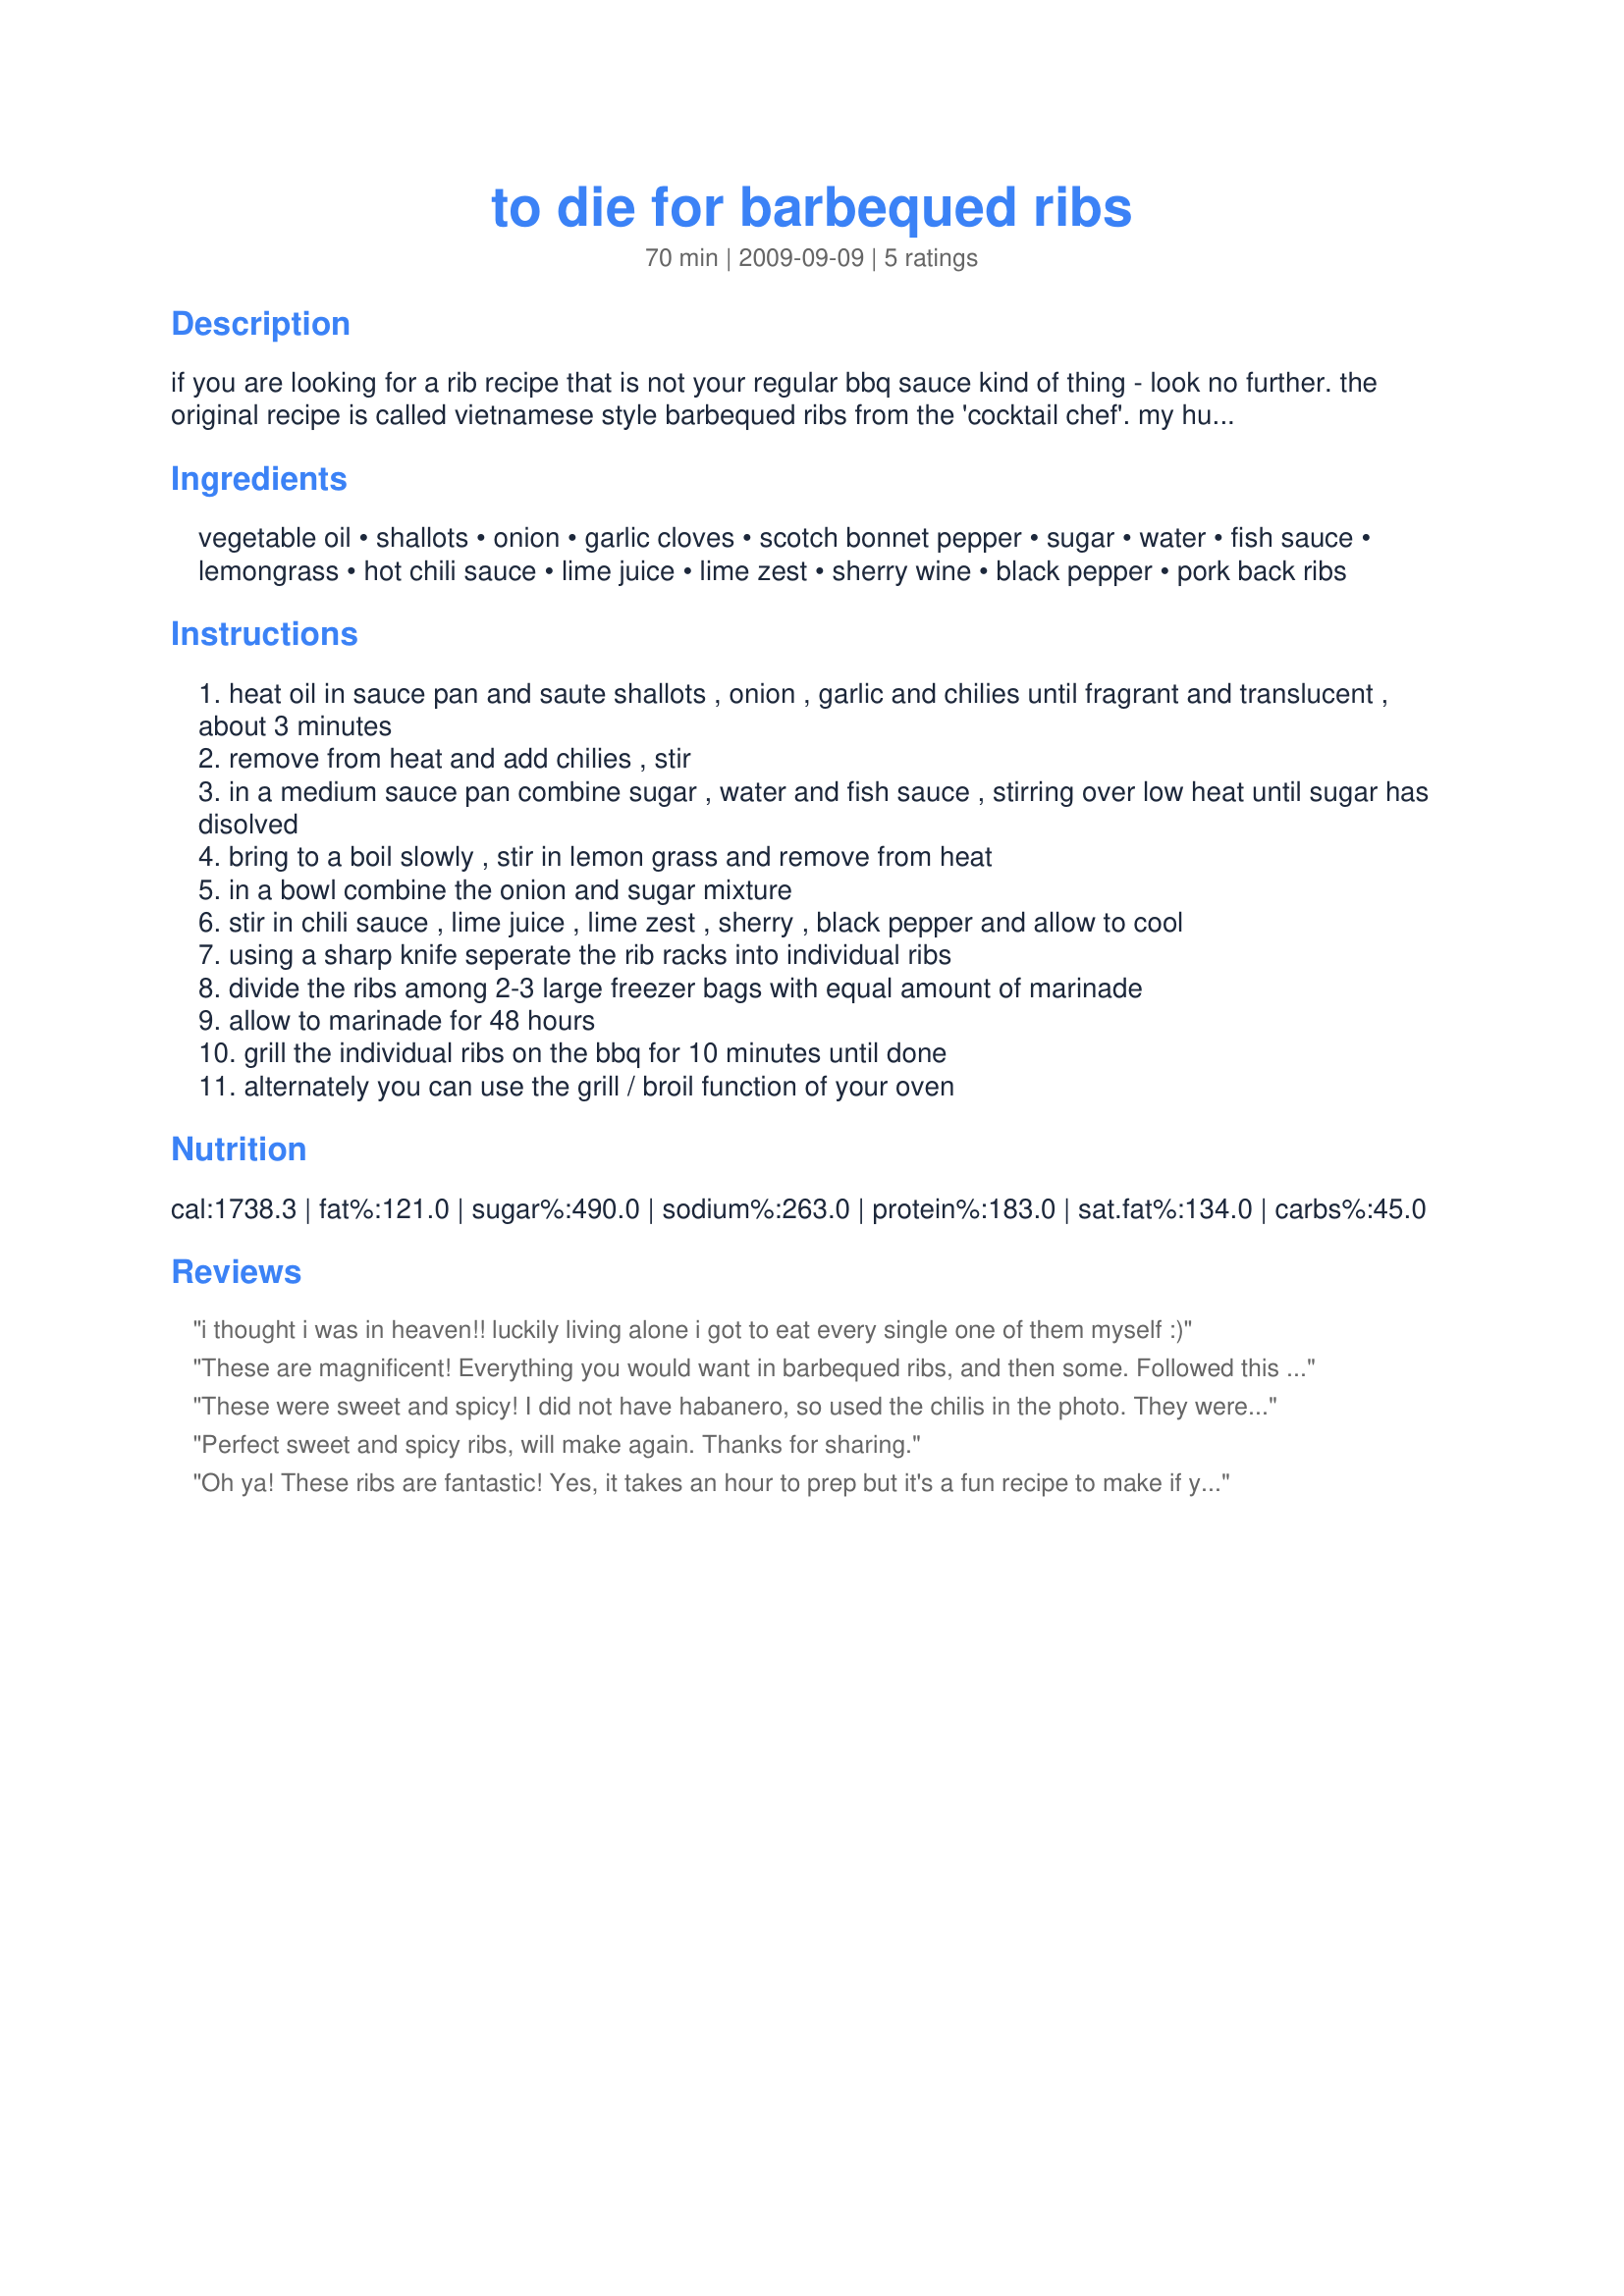
to die for barbequed ribs
Preparation time: 70 minutes

if you are looking for a rib recipe that is not your regular bbq sauce kind of thing - look no further. the original recipe is called vietnamese style barbequed ribs from the 'cocktail chef'. my husband has made this recipe many times and it never fails to bring in rave reviews. the flavours are asian inspired and wonderful.the marinade can be frozen and re-used a 2nd time; the 2nd use gets a spicier note.our kids (9 & 7) love the recipe, so it is also kid friendly and not too spicy even when using chilies. you need to prepare in advance as a long marinating time is required (24-48 hours). don't look to closely at the calorie count as the marinade packs a lot of calories that are not consumed

Ingredients:
vegetable oil, shallots, onion, garlic cloves, scotch bonnet pepper, sugar, water, fish sauce, lemongrass, hot chili sauce, lime juice, lime zest, sherry wine, black pepper, pork back ribs

Steps:
heat oil in sauce pan and saute shallots , onion , garlic and chilies until fragrant and translucent , about 3 minutes
remove from heat and add chilies , stir
in a medium sauce pan combine sugar , water and fish sauce , stirring over low heat until sugar has disolved
bring to a boil slowly , stir in lemon grass and remove from heat
in a bowl combine the onion and sugar mixture
stir in chili sauce , lime juice , lime zest , sherry , black pepper and allow to cool
using a sharp knife seperate the rib racks into individual ribs
divide the ribs among 2-3 large freezer bags with equal amount of marinade
allow to marinade for 48 hours
grill the individual ribs on the bbq for 10 minutes until done
alternately you can use the grill / broil function of your oven

Reviews:
i thought i was in heaven!! luckily living alone i got to eat every single one of them myself :)
These are magnificent! Everything you would want in barbequed ribs, and then some. Followed this one hundred percent, with the exception of the lemon grass. Couldn't find any, so added some lemon *fresh and minced small green onion tops. I left the seeds in for the scotch bonnet too. I let sit for the whole 48 hours and was more then willing and ready to devour these babies! Great recipe and not at all hot spicy..Made for Everyday is a Holiday Novembre 2009
These were sweet and spicy! I did not have habanero, so used the chilis in the photo. They were hot and spicy, though. But yummy! I cooked them indoors on the George Forman and they smelled delightful! Made for ZWT 6.
Perfect sweet and spicy ribs, will make again. Thanks for sharing.
Oh ya! These ribs are fantastic! Yes, it takes an hour to prep but it's a fun recipe to make if you like cooking. I really liked the lemongrass and have never cooked with it before. What a great mixture of flavours! I enjoyed these ribs with Recipe #462876 and Recipe #455952. Made for PRMR recipe tag game. Thanks Deantini! :)
